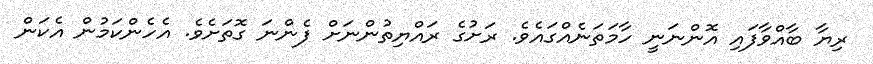
ރިޔާ ބާއްވާފައި އޮންނަނީ ހާމަތަނެއްގައެވެ. ރަށުގެ ރައްޔިތުންނަށް ފެންނަ ގޮތަށެވެ. އެހެންކަމުން އެކަން